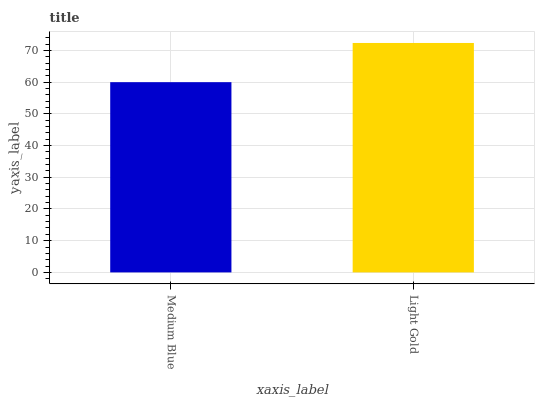
| xaxis_label | bars |
 | --- | --- |
 | Medium Blue | 60 |
 | Light Gold | 72.3 |